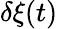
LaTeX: \delta\xi(t)